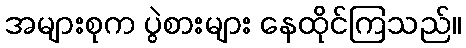
အများစုက ပွဲစားများ နေထိုင်ကြသည်။